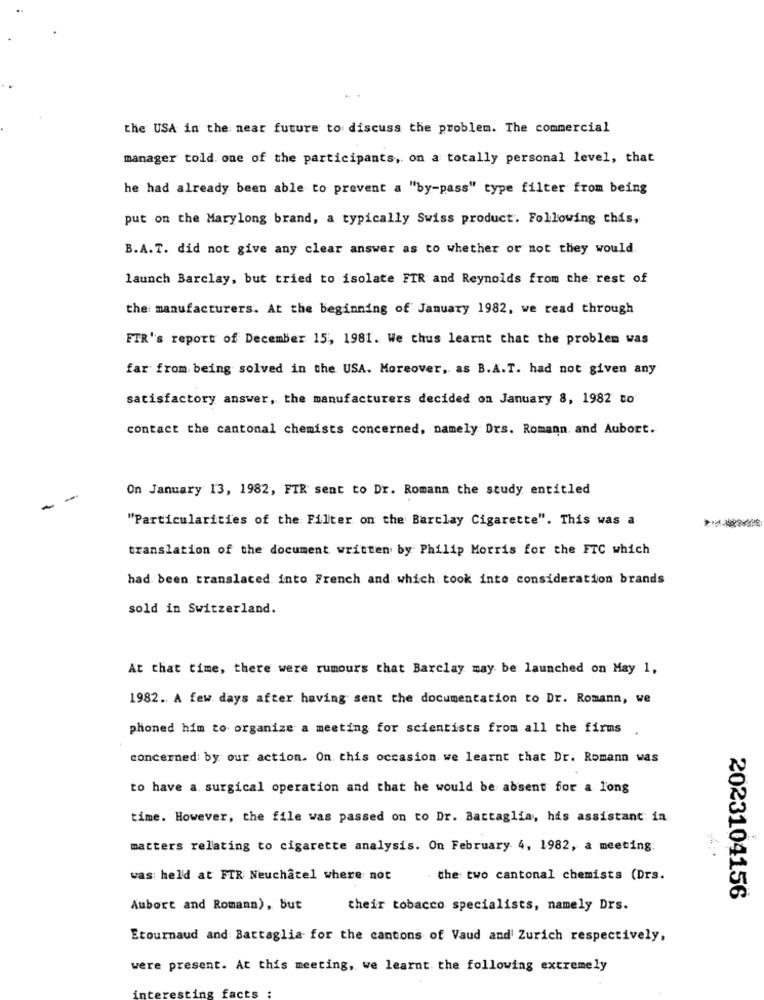
the USA in the near future to discuss the problem. The commercial
manager told. one of the participants, on a totally personal level, that
he had already been able to prevent a "by-pass" type filter from being
put on the Marylong brand, a typically Swiss product. Following this,
B.A.T. did not give any clear answer as to whether or not they would.
launch Barclay, but tried to isolate FTR and Reynolds from the rest of
the manufacturers. At the beginning of January 1982, we read through
FTR's report of December 15, 1981. We thus learnt that the problem was
far from being solved in the USA. Moreover, as B.A.T. had not given any
satisfactory answer, the manufacturers decided on January 8, 1982 to
contact the cantonal chemists concerned, namely Drs. Romann, and Aubort.
-
On January 13, 1982, FTR sent to Dr. Romanm the study entitled
"Particularities of the Filter on the Barclay Cigarette". This was a
translation of the document written by Philip Morris for the FTC which
had been translated into French and which took into consideration brands
sold in Switzerland.
At that time, there were rumours that Barclay may be launched on May 1,
1982. A few days after having sent the documentation to Dr. Romann, we
phoned him to organize a meeting for scientists from all the firms .
concerned: by our action. On this occasion we learnt that Dr. Romann was
to have a surgical operation and that he would be absent for a long
time. However, the file was passed on to Dr. Battaglia, his assistant in
matters relating to cigarette analysis. On February 4, 1982, a meeting:
was held at FTR Neuchâtel where not
the two cantonal chemists (Drs.
2023104156
Aubort and Romann), but
their tobacco specialists, namely Drs.
Etournaud and Battaglia for the cantons of Vaud and Zurich respectively,
were present. At this meeting, we learnt the following extremely